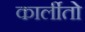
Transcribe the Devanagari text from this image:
कार्लीतो